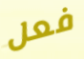
فعل